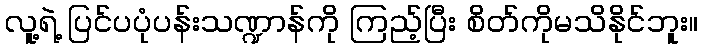
လူ့ရဲ့ ပြင်ပပုံပန်းသဏ္ဍာန်ကို ကြည့်ပြီး စိတ်ကိုမသိနိုင်ဘူး။